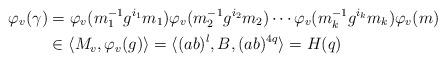
LaTeX: \begin{align*}\varphi_v(\gamma)&=\varphi_v(m_1^{-1}g^{i_1}m_1)\varphi_v(m_2^{-1}g^{i_2}m_2)\cdots\varphi_v(m_k^{-1}g^{i_k}m_k)\varphi_v(m)\\&\in \langle M_v, \varphi_v(g)\rangle= \langle (ab)^l, B, (ab)^{4q}\rangle=H(q)\end{align*}